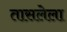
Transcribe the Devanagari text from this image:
तासलेला